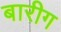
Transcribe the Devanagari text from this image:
बारीग